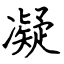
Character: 凝